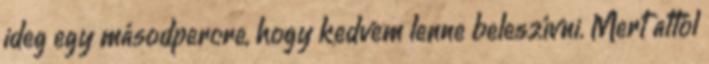
ideg egy másodpercre, hogy kedvem lenne beleszívni. Mert attól